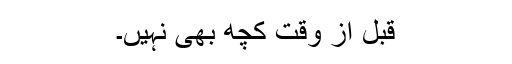
قبل از وقت کچھ بھی نہیں۔